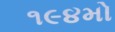
૧૯૪મો